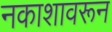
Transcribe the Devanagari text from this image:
नकाशावरून